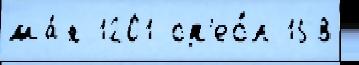
ма́я 1201 ор'ео́л 158